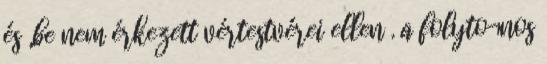
és „be nem érkezett vértestvérei ellen . a folyto¬nos